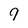
Character: 9